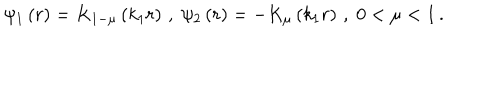
LaTeX: \psi _ { 1 } \left( r \right) = K _ { 1 - \mu } \left( k _ { 1 } r \right) \, , \; \psi _ { 2 } \left( r \right) = - K _ { \mu } \left( k _ { 1 } r \right) \, , \; 0 < \mu < 1 \, .